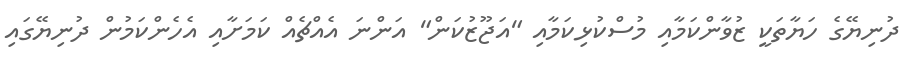
ދުނިޔޭގެ ހަޔާތަކީ ޒުވާންކަމާއި މުސްކުޅިކަމާއި "އަޖޫޒުކަން" އަންނަ އެއްޗެއް ކަމަށާއި އެހެންކަމުން ދުނިޔޭގައި